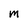
Character: m